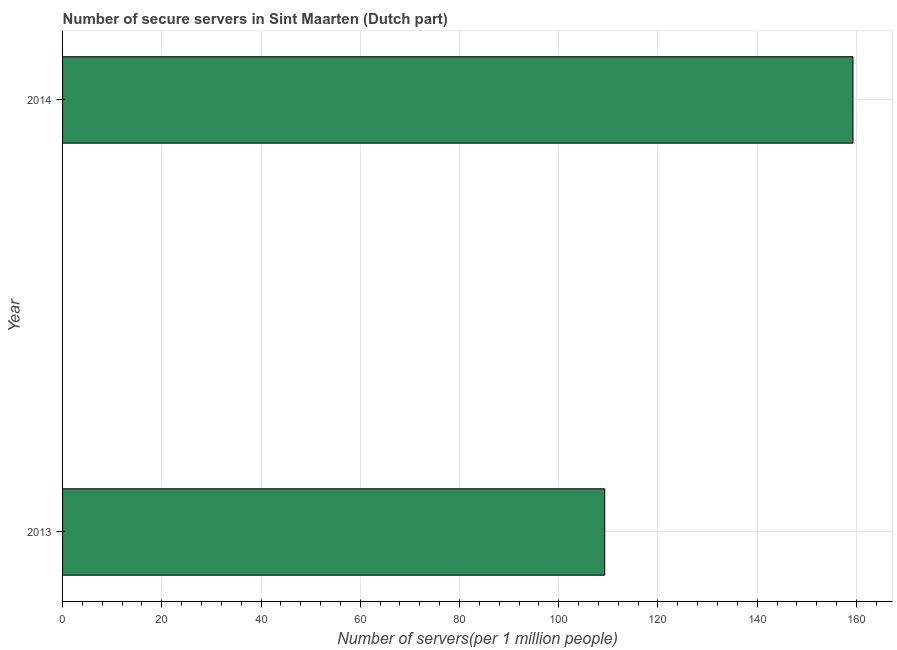
| Year | Secure Internet servers |
 | --- | --- |
 | 2013 | 109 |
 | 2014 | 159 |